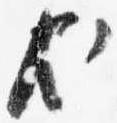
尤